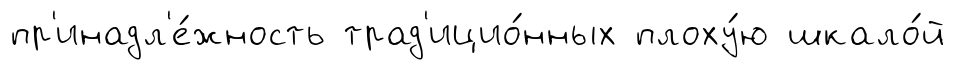
пр'инадл'е́жность трад'ицио́нных плоху́ю шкало́й